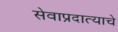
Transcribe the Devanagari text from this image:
सेवाप्रदात्याचे